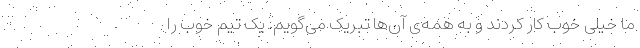
ما خیلی خوب کار کردند و به همه‌ی آن‌ها تبریک می‌گویم. یک تیم خوب را